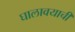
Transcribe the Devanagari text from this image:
घालावयाची